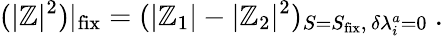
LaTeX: (|\mathbb{Z}|^{2})|_{\mathrm{{fix}}}=(|\mathbb{Z}_{1}|-|\mathbb{Z}_{2}|^{2})_{S=S_{\mathrm{{fix}}},\, \delta\lambda_{i}^{a}=0}\ .